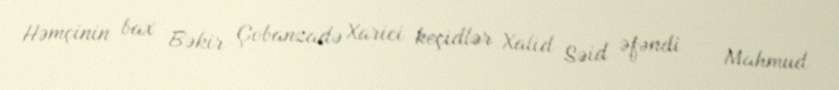
Həmçinin bax Bəkir Çobanzadə Xarici keçidlər Xalid Səid əfəndi — Mahmud